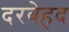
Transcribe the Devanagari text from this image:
दरबेहद